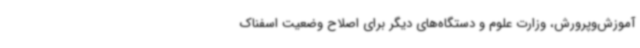
آموزش‌وپرورش، وزارت علوم و دستگاه‌های دیگر برای اصلاح وضعیت اسفناک